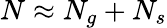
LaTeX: N\approx N_{g}+N_{s}